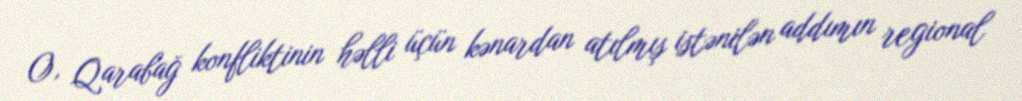
O, Qarabağ konfliktinin həlli üçün kənardan atılmış istənilən addımın regional